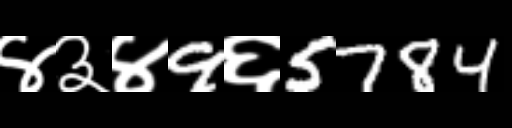
Text: ४३४9६5784